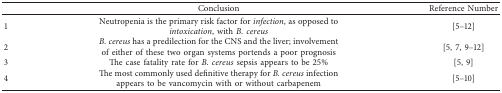
|  | Conclusion | Reference Number |
 | --- | --- | --- |
 | 1 | Neutropenia is the primary risk factor for infection, as opposed to intoxication, with B. cereus | [5–12] |
 | 2 | B. cereus has a predilection for the CNS and the liver; involvement of either of these two organ systems portends a poor prognosis | [5, 7, 9–12] |
 | 3 | The case fatality rate for B. cereus sepsis appears to be 25% | [5, 9] |
 | 4 | The most commonly used definitive therapy for B. cereus infection appears to be vancomycin with or without carbapenem | [5–10] |